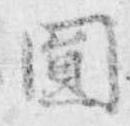
円